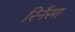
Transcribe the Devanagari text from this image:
रिनैंसा